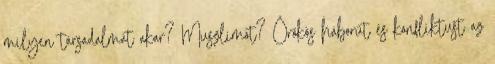
milyen társadalmat akar? Muszlimot? Örökös háborút és konfliktust az